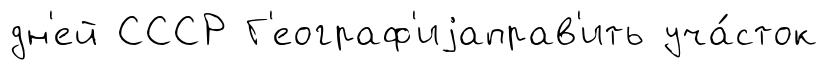
дн'ей СССР Г'еограф'иjаправ'ить уча́сток